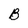
Character: B